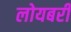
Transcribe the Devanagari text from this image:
लोयबरी